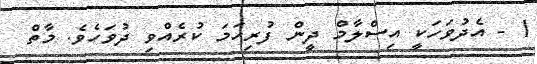
1 - އެދުވަހަކީ އިސްލާމް ދީން ފުރިހަމަ ކުރެއްވި ދުވަހެވެ. މާތް